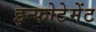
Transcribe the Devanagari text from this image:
इन्फोटेमेंट